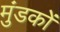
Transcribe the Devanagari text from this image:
मुंडकों